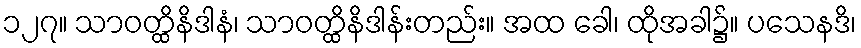
၁၂၇။ သာဝတ္ထိနိဒါနံ၊ သာဝတ္ထိနိဒါန်းတည်း။ အထ ခေါ၊ ထိုအခါ၌။ ပသေနဒိ၊